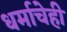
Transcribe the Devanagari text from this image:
धर्माचेही